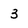
Character: 3